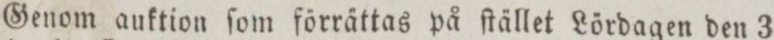
Genom auktion ſom förrättas på ſtället Lördagen den 3